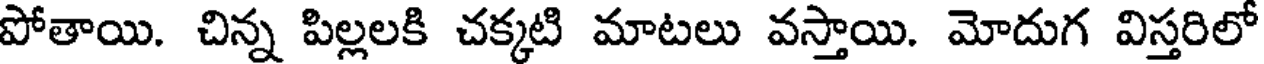
పోతాయి. చిన్న పిల్లలకి చక్కటి మాటలు వస్తాయి. మోదుగ విస్తరిలో